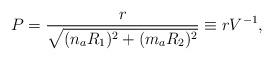
LaTeX: \begin{align*} P = \frac{r}{\sqrt{(n_a R_1)^2 + (m_a R_2)^2}} \equiv r V^{-1},\end{align*}